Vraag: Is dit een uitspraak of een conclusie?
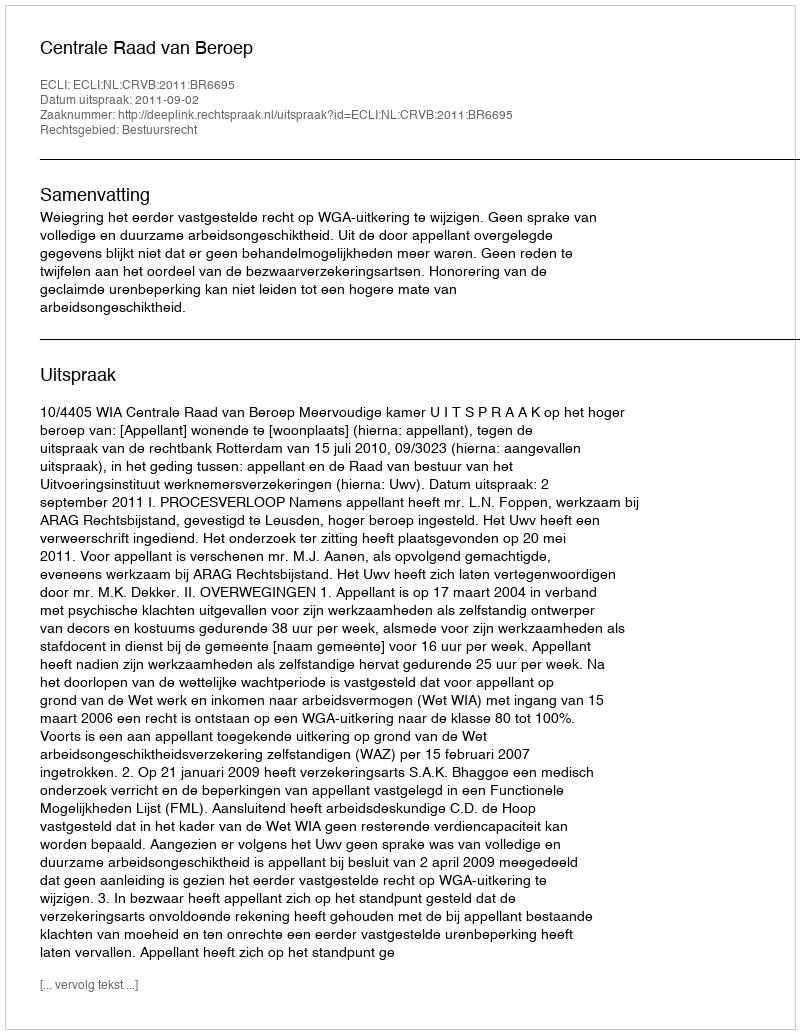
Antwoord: Uitspraak